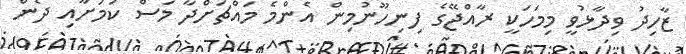
ޒާހިދު ވިދާޅުވީ މިމަހަކީ ރާއްޖޭގެ ފިނިހޫނުމިން އެންމެ މައްޗަށްދާ މަސް ކަމަށާއި ދެން